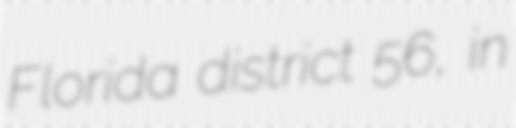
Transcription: Florida district 56, in